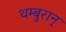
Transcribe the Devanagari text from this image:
थम्बुरान्